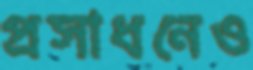
প্রসাধনেও